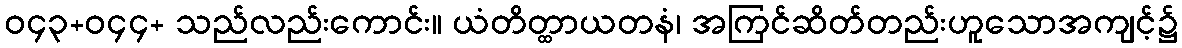
ဝ၄၃+ဝ၄၄+ သည်လည်းကောင်း။ ယံတိတ္ထာယတနံ၊ အကြင်ဆိတ်တည်းဟူသောအကျင့်၌